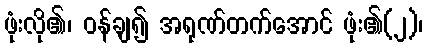
ဖုံးလို၏၊ ဝန်ချ၍ အရုဏ်တက်အောင် ဖုံး၏(၂)၊